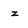
Character: z